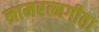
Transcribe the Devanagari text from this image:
नामरत्नगीता